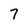
Character: 7